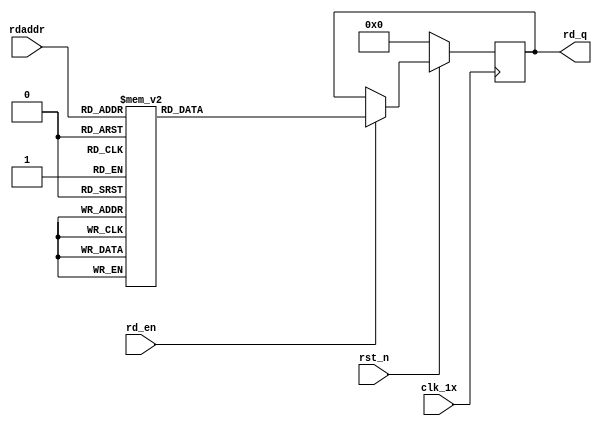

`timescale 1ns / 1ps
module F_short_t12_next_Rom4(
input	          							clk_1x,
input	          							rst_n,
//////////////////////////////////////////////////////////////
input										rd_en,
input				[4:0]				rdaddr,
output		reg			[167:0]				rd_q
);

always @(posedge clk_1x)begin
	if(~rst_n)begin
		rd_q <= 168'b0;
	end
	else if(rd_en == 1'b1)begin
		case(rdaddr)
			5'h14: rd_q <= 168'b100001101001001010110111001000011010111110100000011100100000110010011010111010110010100011101001110101001010001110111010001010101111111010010111010100000010001111100010;
			5'h13: rd_q <= 168'b111111110011101011001101100100111010111010101010010010010100110001010010101011110111011101000101010110101100100010110101000010000000011011110010100000110110110001011000;
			5'h12: rd_q <= 168'b100100101101100110011110111111010100000101110010001001100110110010000100011110001011111100100110000001111001000110111011001011010011010110111011010110011100100001001110;
			5'h11: rd_q <= 168'b000100111001110101001100001010011111000011001101001011000100000001000000101011010010100100111110100001110011100001110011010100110000011010110000101000011000011000100000;
			5'h10: rd_q <= 168'b100011001101101100100011111001010011100011101110110000000011010001110011110010110001100110011100101000010001000011100110100000001100110000000100100111010011011000000100;
			5'h0f: rd_q <= 168'b010000111100010110000000101100110011001011101000110101111100011001111001000001100101111101101101011101101111000011001101111100111111111110000111101011001000110011000111;
			5'h0e: rd_q <= 168'b011100100111110001100101001111000011101011111110110000110001001100111110111010110011110100001100110010001001101110110100000101110110110011000011000100011011000111111001;
			5'h0d: rd_q <= 168'b111110010011111011100100110101101101010000011000011110000101000010100110110011110000110111100010000000011110010100101010110001111111111111111101100110010010110001101110;
			5'h0c: rd_q <= 168'b100111110011111000010101111110101100101001000110010010110000011001001111000001000010101000111001110111001010100111011001001100010111001101111000110010101101000101000110;
			5'h0b: rd_q <= 168'b100101010000001000011100100000110101100011100110011010100010000110110000100011010111110101000010010011000100000011110001000110111110010001100001001100100011011011011011;
			5'h0a: rd_q <= 168'b111100010001010100010001010001011111101001101011100000000010100000010111011110011101000011101001000101101001100010001100011011011100101010000101000110011101011010010001;
			5'h09: rd_q <= 168'b101000010011011111001000011011111110011010010101011010101010001001111111100000101110000110110001111101101010110001101011111011011110100001100101010011110011001101101000;
			5'h08: rd_q <= 168'b010110000010101101110010000001010010010010101011000100101101101101000000000110111111110001011111101000110110000111101110011110011000000011010110111101010101100001010010;
			5'h07: rd_q <= 168'b100100001110100000001101001000001111100001010111101110001111001000111001001100100010110010111010000011111010010100001011010000000001110001011000001000101101001101100010;
			5'h06: rd_q <= 168'b010110101000110000101111101000100100010000011010010011111100110000111010000001010110101110000101101110100101010111111110001011110111010101000111100101110101100010101010;
			5'h05: rd_q <= 168'b001010111010010000101000011011110111011100010010011110011101100001000011111000000101001100001101101110111010011011011111101011011111000101000101111011100010101111000000;
			5'h04: rd_q <= 168'b111101110101101101110000111001100111000101100011000110111001011000000101010011101100011101110101111001110101111011001101100000101011100000001101011100110000101100101000;
			5'h03: rd_q <= 168'b000010101010110101010010111110000101100011001111000111000000111100111111011001011101001010011011001111101101001100111010000101001110001100101101011100001100011101101011;
			5'h02: rd_q <= 168'b100111101000011011000111011111011111001100011101010100111000000010000101101100011001001101101101001011001111000001100011101110101000110001010110101101011000111000100001;
			5'h01: rd_q <= 168'b110011100101010000100010110011111010110011101010111001101010111101101011010101111000001011011001100100011000110001111111000111100111011011110111011111001000010101110001;
			5'h00: rd_q <= 168'b110110101011000011100011001110110110001111001001111011110011001100010110011110000101110001110000101100110101100111001010101100000001000100100111001001100010010010111010;
		default:rd_q <= 168'b0;
		endcase
	end
end

endmodule